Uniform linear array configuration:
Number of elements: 24
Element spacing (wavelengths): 0.25
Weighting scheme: hann
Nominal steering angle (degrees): -60
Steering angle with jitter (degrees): -59.324
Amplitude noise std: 0.05
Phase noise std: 0.05

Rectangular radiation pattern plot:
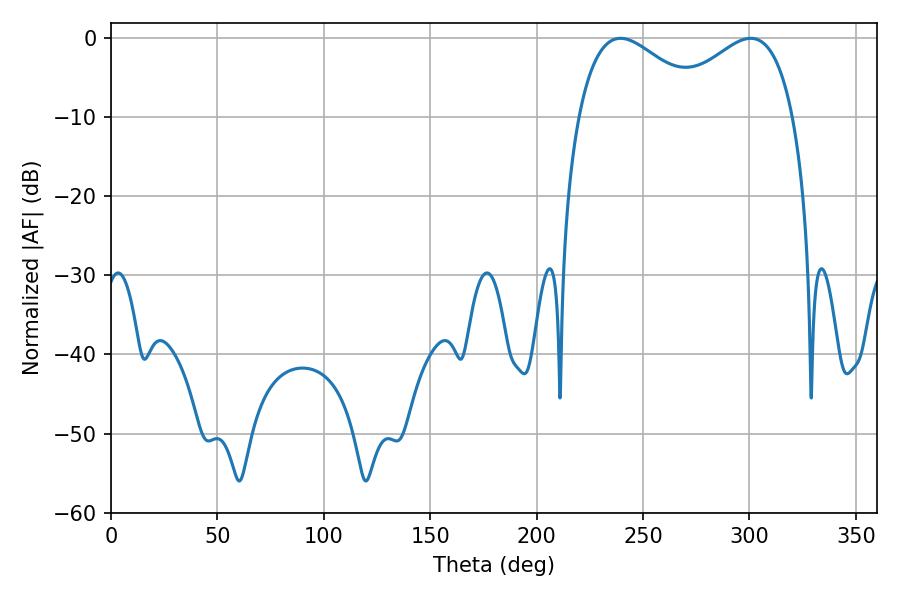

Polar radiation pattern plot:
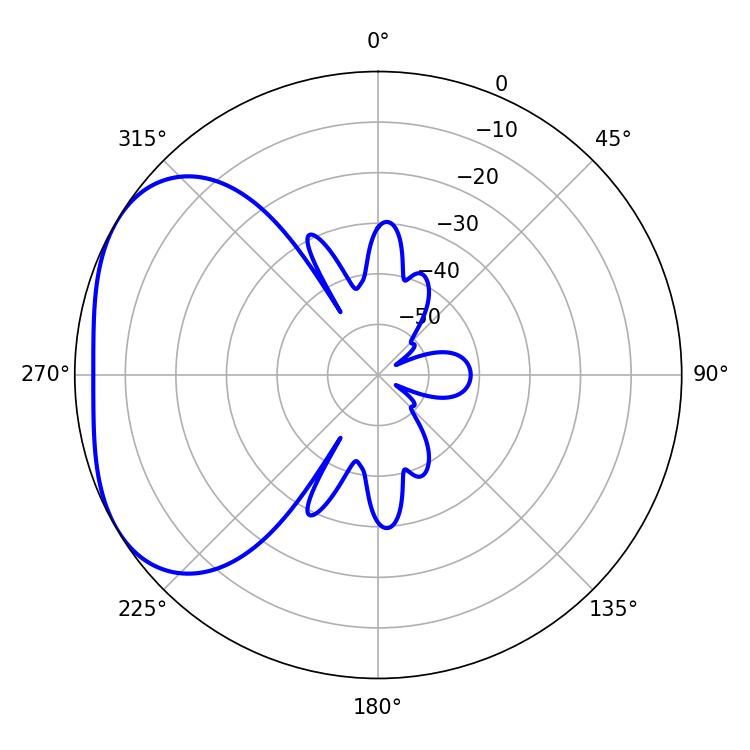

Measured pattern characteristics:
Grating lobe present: FALSE
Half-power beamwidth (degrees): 33.48
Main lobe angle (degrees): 239.4